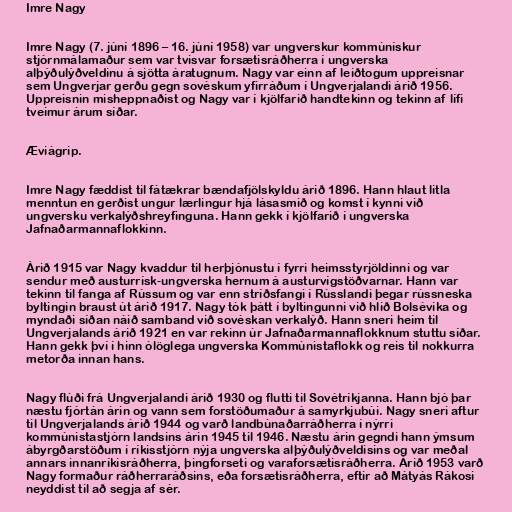
Imre Nagy

Imre Nagy (7. júní 1896 – 16. júní 1958) var ungverskur kommúnískur
stjórnmálamaður sem var tvisvar forsætisráðherra í ungverska
alþýðulýðveldinu á sjötta áratugnum. Nagy var einn af leiðtogum uppreisnar
sem Ungverjar gerðu gegn sovéskum yfirráðum í Ungverjalandi árið 1956.
Uppreisnin misheppnaðist og Nagy var í kjölfarið handtekinn og tekinn af lífi
tveimur árum síðar.

Æviágrip.

Imre Nagy fæddist til fátækrar bændafjölskyldu árið 1896. Hann hlaut litla
menntun en gerðist ungur lærlingur hjá lásasmið og komst í kynni við
ungversku verkalýðshreyfinguna. Hann gekk í kjölfarið í ungverska
Jafnaðarmannaflokkinn.

Árið 1915 var Nagy kvaddur til herþjónustu í fyrri heimsstyrjöldinni og var
sendur með austurrísk-ungverska hernum á austurvígstöðvarnar. Hann var
tekinn til fanga af Rússum og var enn stríðsfangi í Rússlandi þegar rússneska
byltingin braust út árið 1917. Nagy tók þátt í byltingunni við hlið Bolsévika og
myndaði síðan náið samband við sovéskan verkalýð. Hann sneri heim til
Ungverjalands árið 1921 en var rekinn úr Jafnaðarmannaflokknum stuttu síðar.
Hann gekk því í hinn ólöglega ungverska Kommúnistaflokk og reis til nokkurra
metorða innan hans.

Nagy flúði frá Ungverjalandi árið 1930 og flutti til Sovétríkjanna. Hann bjó þar
næstu fjórtán árin og vann sem forstöðumaður á samyrkjubúi. Nagy sneri aftur
til Ungverjalands árið 1944 og varð landbúnaðarráðherra í nýrri
kommúnistastjórn landsins árin 1945 til 1946. Næstu árin gegndi hann ýmsum
ábyrgðarstöðum í ríkisstjórn nýja ungverska alþýðulýðveldisins og var meðal
annars innanríkisráðherra, þingforseti og varaforsætisráðherra. Árið 1953 varð
Nagy formaður ráðherraráðsins, eða forsætisráðherra, eftir að Mátyás Rákosi
neyddist til að segja af sér.